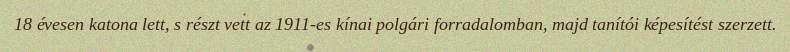
18 évesen katona lett, s részt vett az 1911-es kínai polgári forradalomban, majd tanítói képesítést szerzett.